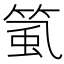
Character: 𥮸